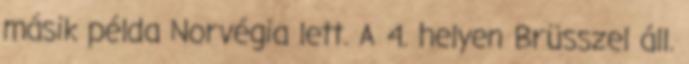
másik példa Norvégia lett. A 4. helyen Brüsszel áll.